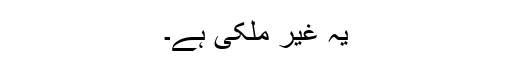
یہ غیر ملکی ہے۔